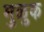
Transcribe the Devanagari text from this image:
मुळुक